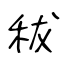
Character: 秡